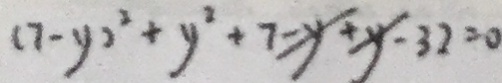
( 7 - y ) ^ { 2 } + y ^ { 2 } + 7 - y + y - 3 2 = 0